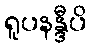
ရူပနန္ဒီပိ